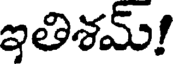
ఇతిశమ్!